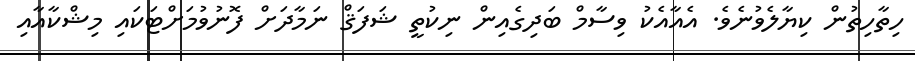
ހިތާހިތުން ކިޔާލެވުނެވެ. އެއާއެކު ވިސާމް ބަދިގެއިން ނިކުތީ ޝަފަޤް ނަމާދަށް ފޮނުވުމަށްޓަކައި މިޝްކާއާއި